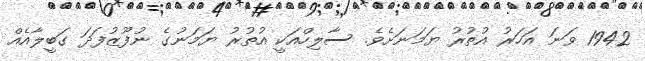
1942 ވަނަ އަހަރު އުތުރު ޔަމަނަށެވެ. ސާލިހްއަކީ އުތުރު ޔަމަނުގެ ނުފޫޒުފަދަ ގަބީލާއެއް